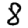
Digit: 8